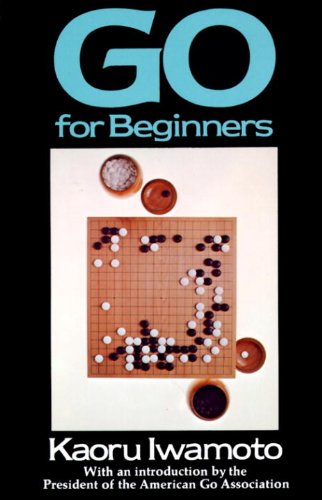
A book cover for Go for Beginners; Kaoru Iwamoto; Humor & Entertainment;